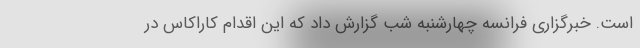
است. خبرگزاری فرانسه چهارشنبه‌ شب گزارش داد که این اقدام کاراکاس در